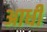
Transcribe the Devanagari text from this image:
अाधी